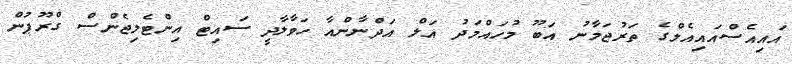
އައިއެސްއައިއެލްގެ ތަރުޖަމާނު އަބޫ މުހައްމަދު އަލް އަދްނާންއާ ހަވާލާދީ ސައިޓް އިންޓެލިޖެންސް ގްރޫޕުން